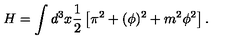
H = \int d ^ { 3 } x \frac 1 2 \left[ \pi ^ { 2 } + ( \phi ) ^ { 2 } + m ^ { 2 } \phi ^ { 2 } \right] .